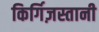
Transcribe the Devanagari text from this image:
किर्गिज़स्तानी